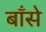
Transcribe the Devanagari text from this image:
बाँसे